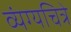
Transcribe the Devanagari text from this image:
व्यंग्यचित्रे